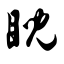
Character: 睨